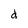
Character: d